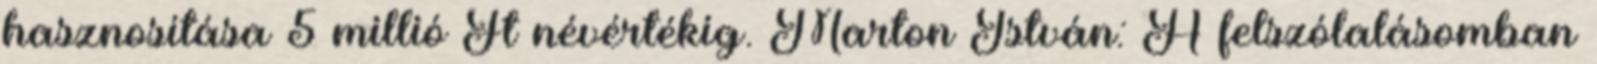
hasznosítása 5 millió Ft névértékig. Marton István: A felszólalásomban